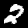
Label: 2